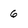
Character: 6